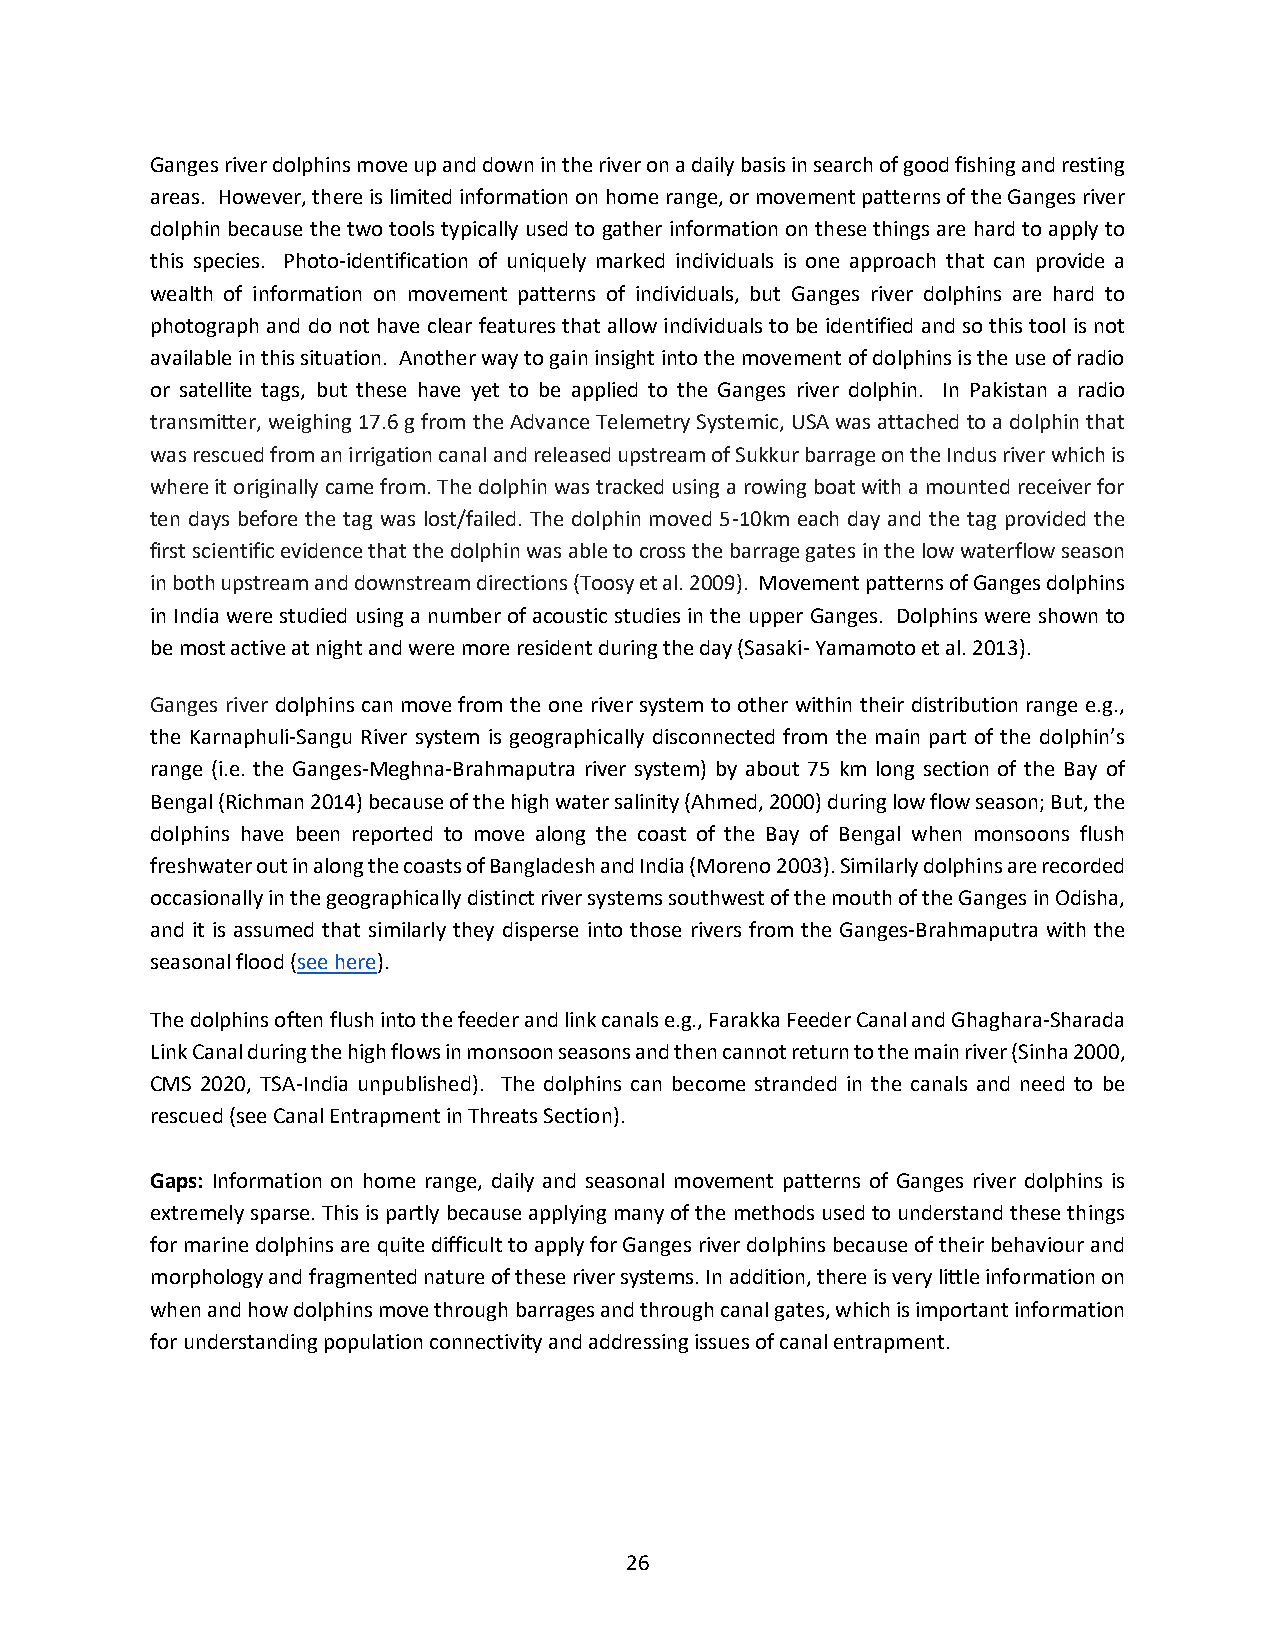
Ganges river dolphins move up and down in the river on a daily basis in search of good fishing and resting
 areas. However, there is limited information on home range, or movement patterns of the Ganges river
 dolphin because the two tools typically used to gather information on these things are hard to apply to
 this species. Photo-identification of uniquely marked individuals is one approach that can provide a
 wealth of information on movement patterns of individuals, but Ganges river dolphins are hard to
 photograph and do not have clear features that allow individuals to be identified and so this tool is not
 available in this situation. Another way to gain insight into the movement of dolphins is the use of radio
 or satellite tags, but these have yet to be applied to the Ganges river dolphin. In Pakistan a radio
 transmitter, weighing 17.6 g from the Advance Telemetry Systemic, USA was attached to a dolphin that
 was rescued from an irrigation canal and released upstream of Sukkur barrage on the Indus river which is
 where it originally came from. The dolphin was tracked using a rowing boat with a mounted receiver for
 ten days before the tag was lost/failed. The dolphin moved 5-10km each day and the tag provided the
 first scientific evidence that the dolphin was able to cross the barrage gates in the low waterflow season
 in both upstream and downstream directions (Toosy et al. 2009). Movement patterns of Ganges dolphins
 in India were studied using a number of acoustic studies in the upper Ganges. Dolphins were shown to
 be most active at night and were more resident during the day (Sasaki- Yamamoto et al. 2013).
 Ganges river dolphins can move from the one river system to other within their distribution range e.g.,
 the Karnaphuli-Sangu River system is geographically disconnected from the main part of the dolphin’s
 range (i.e. the Ganges-Meghna-Brahmaputra river system) by about 75 km long section of the Bay of
 Bengal (Richman 2014) because of the high water salinity (Ahmed, 2000) during low flow season; But, the
 dolphins have been reported to move along the coast of the Bay of Bengal when monsoons flush
 freshwater out in along the coasts of Bangladesh and India (Moreno 2003). Similarly dolphins are recorded
 occasionally in the geographically distinct river systems southwest of the mouth of the Ganges in Odisha,
 and it is assumed that similarly they disperse into those rivers from the Ganges-Brahmaputra with the
 seasonal flood (see here).
 The dolphins often flush into the feeder and link canals e.g., Farakka Feeder Canal and Ghaghara-Sharada
 Link Canal during the high flows in monsoon seasons and then cannot return to the main river (Sinha 2000,
 CMS 2020, TSA-India unpublished). The dolphins can become stranded in the canals and need to be
 rescued (see Canal Entrapment in Threats Section).
 Gaps: Information on home range, daily and seasonal movement patterns of Ganges river dolphins is
 extremely sparse. This is partly because applying many of the methods used to understand these things
 for marine dolphins are quite difficult to apply for Ganges river dolphins because of their behaviour and
 morphology and fragmented nature of these river systems. In addition, there is very little information on
 when and how dolphins move through barrages and through canal gates, which is important information
 for understanding population connectivity and addressing issues of canal entrapment.
 26